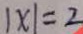
\vert x \vert = 2